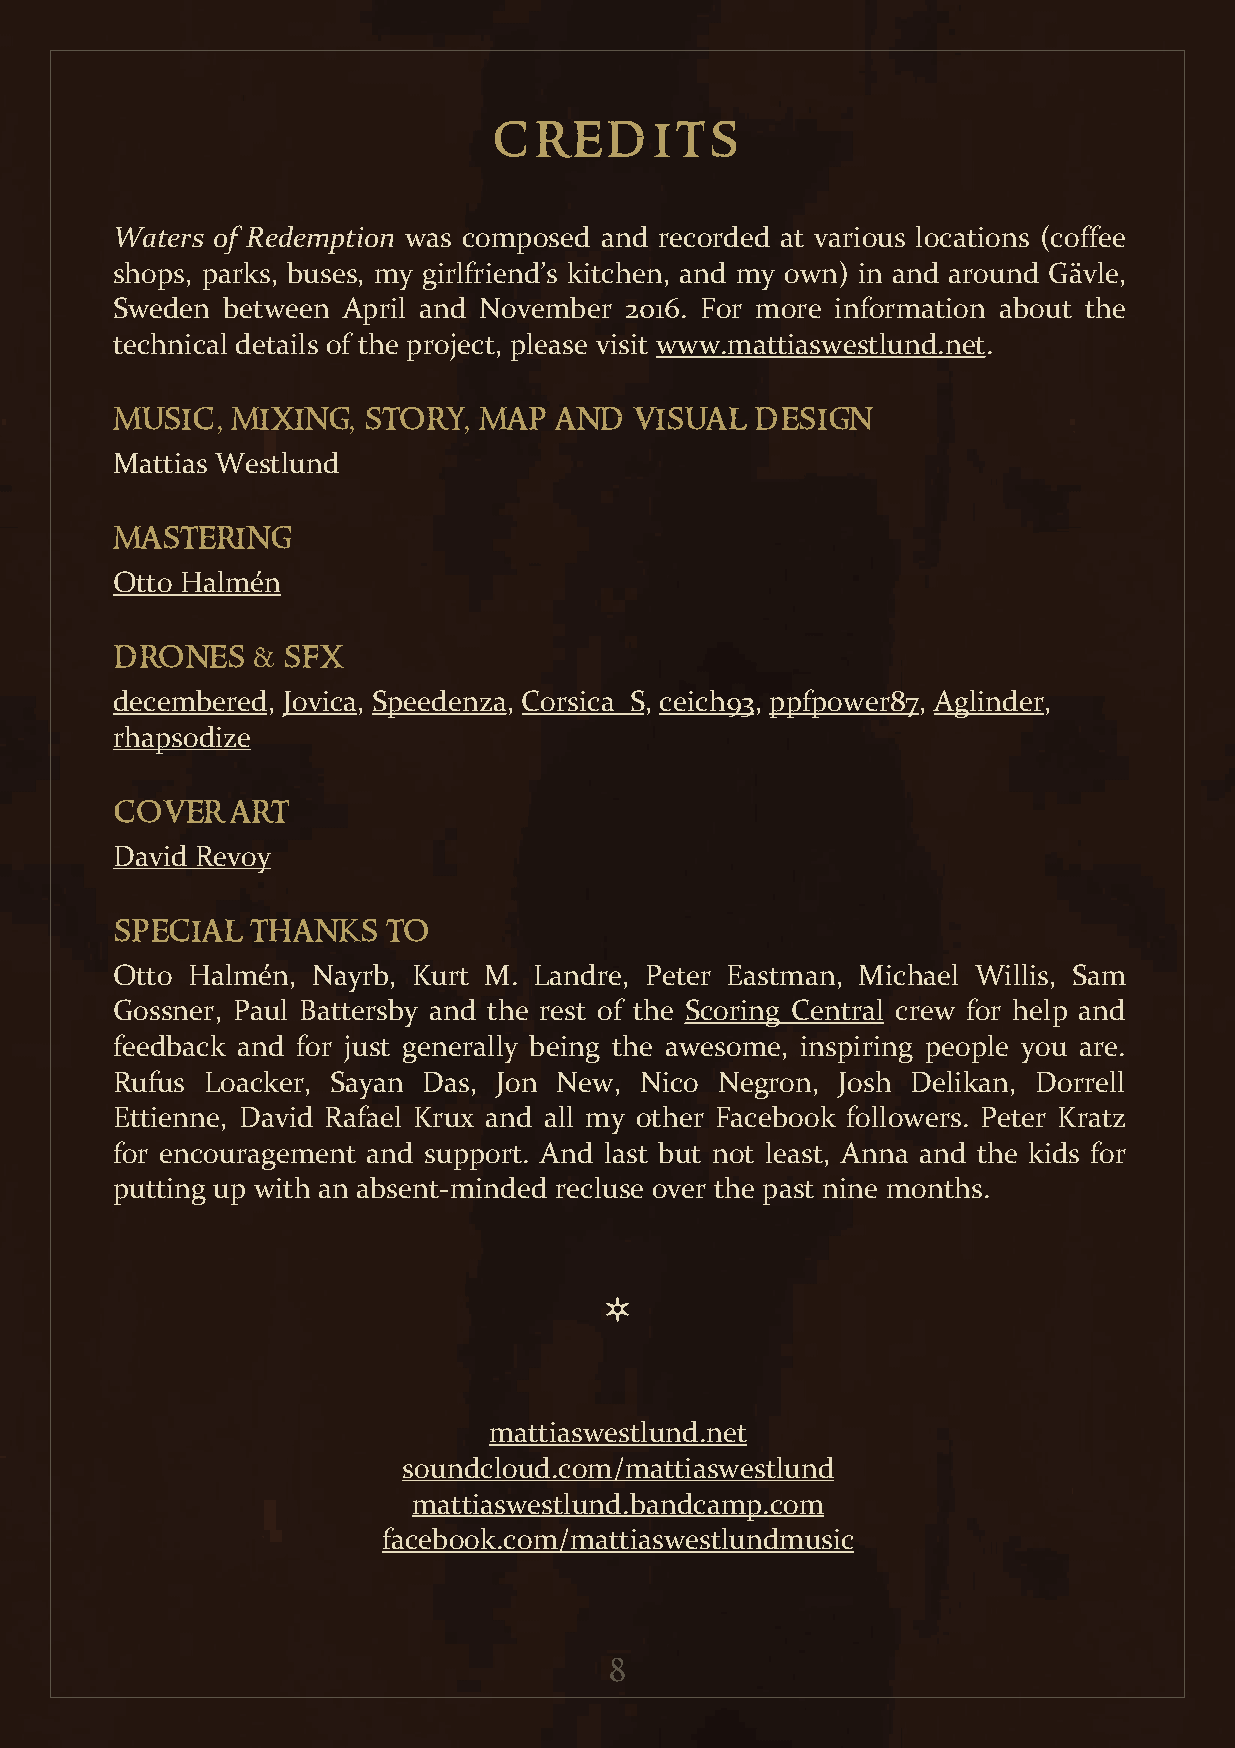
credits
 Waters of Redemption was composed and recorded at various locations (coffee
 shops, parks, buses, my girlfriend’s kitchen, and my own) in and around Gävle,
 Sweden  between April and November 2016. For more information about the
 technical details of the project, please visit www.mattiaswestlund.net.
 music,  mixing,  story,  map  and  visual  design
 Mattias Westlund
 mastering
 Otto Halmén
 drones    & sfx
 decembered, Jovica, Speedenza, Corsica_S, ceich93, ppfpower87, Aglinder,
 rhapsodize
 cover   art
 David Revoy
 special   thanks   to
 Otto Halmén,  Nayrb, Kurt M. Landre, Peter Eastman, Michael Willis, Sam
 Gossner, Paul Battersby and the rest of the Scoring Central crew for help and
 feedback and for just generally being the awesome, inspiring people you are.
 Rufus Loacker, Sayan Das, Jon New, Nico Negron, Josh Delikan, Dorrell
 Ettienne, David Rafael Krux and all my other Facebook followers. Peter Kratz
 for encouragement and support. And last but not least, Anna and the kids for
 putting up with an absent-minded recluse over the past nine months.
 *
 mattiaswestlund.net
 soundcloud.com/mattiaswestlund
 mattiaswestlund.bandcamp.com
 facebook.com/mattiaswestlundmusic
 8